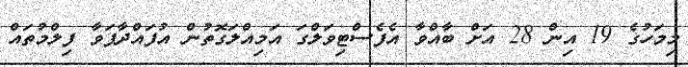
މިމަހުގެ 19 އިން 28 އަށް ބާއްވާ އެފެސްޓިވަލްގަ އަމިއްލަގޮތުން އުފައްދާފަވާ ފިލްމުތައް